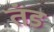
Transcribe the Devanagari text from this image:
तंड